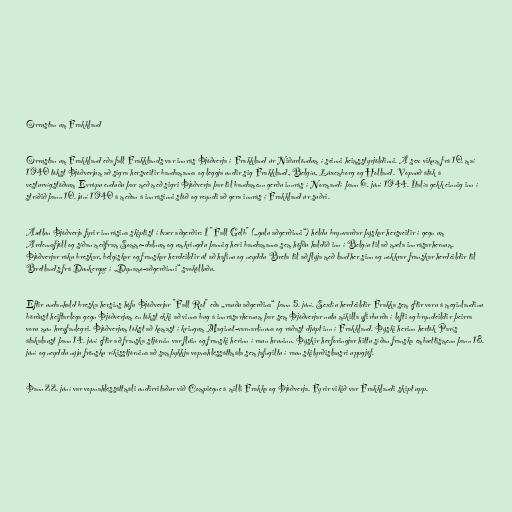
Orrustan um Frakkland

Orrustan um Frakkland eða fall Frakklands var innrás Þjóðverja í Frakkland úr Niðurlöndum í seinni heimsstyrjöldinni. Á sex vikum frá 10. maí
1940 tókst Þjóðverjum að sigra hersveitir bandamanna og leggja undir sig Frakkland, Belgíu, Lúxemborg og Holland. Vopnuð átök á
vesturvígstöðvum Evrópu enduðu þar með með sigri Þjóðverja þar til bandamenn gerðu innrás í Normandí þann 6. júní 1944. Ítalía gekk einnig inn í
stríðið þann 10. júní 1940 á meðan á innrásinni stóð og reyndi að gera innrás í Frakkland úr suðri.

Áætlun Þjóðverja fyrir innrásina skiptist í tvær aðgerðir: Í "Fall Gelb" („gulu aðgerðinni“) héldu brynvarðar þýskar hersveitir í gegn um
Ardennafjöll og síðan meðfram Somme-dalnum og umkringdu þannig heri bandamanna sem höfðu haldið inn í Belgíu til að mæta innrásarhernum.
Þjóðverjar ráku breskar, belgískar og franskar herdeildir út að hafinu og neyddu Breta til að flýja með landher sinn og nokkrar franskar herdeildir til
Bretlands frá Dunkerque í „Dynamo-aðgerðinni“ svokölluðu.

Eftir undanhald breska hersins hófu Þjóðverjar "Fall Rot" eða „rauðu aðgerðina“ þann 5. júní. Sextíu herdeildir Frakka sem eftir voru á meginlandinu
börðust heiftarlega gegn Þjóðverjum en tókst ekki að vinna bug á innrásarhernum þar sem Þjóðverjar nutu mikilla yfirburða í lofti og bryndeildir þeirra
voru mun hreyfanlegri. Þjóðverjum tókst að komast í kringum Maginot-varnarlínuna og ráðast djúpt inn í Frakkland. Þýski herinn hertók París
átakalaust þann 14. júní eftir að franska stjórnin var flúin og franski herinn í raun hruninn. Þýskir herforingjar hittu síðan franska embættismenn þann 18.
júní og neyddu nýju frönsku ríkisstjórnina að samþykkja vopnahléssáttmála sem jafngiltu í raun skilyrðislausri uppgjöf.

Þann 22. júní var vopnahléssáttmáli undirritaður við Compiègne á milli Frakka og Þjóðverja. Fyrir vikið var Frakklandi skipt upp.